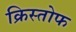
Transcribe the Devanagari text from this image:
क्रिस्तोफ